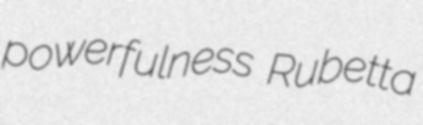
powerfulness Rubetta